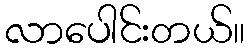
လာပေါင်းတယ်။